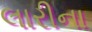
લારીના